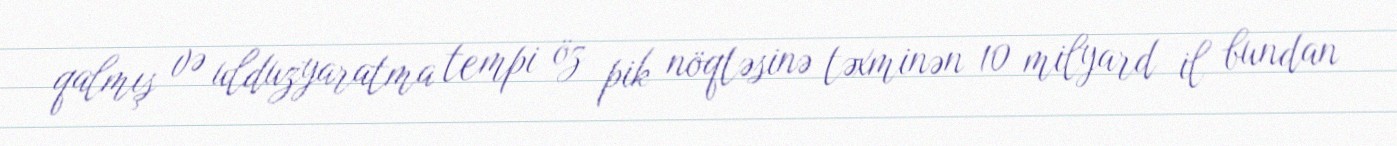
qalmış və ulduzyaratma tempi öz pik nöqtəsinə təxminən 10 milyard il bundan